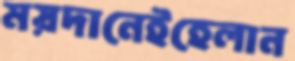
ময়দানেইহেলান